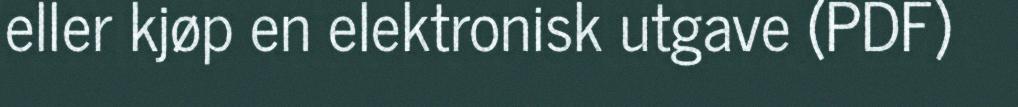
eller kjøp en elektronisk utgave (PDF)